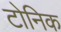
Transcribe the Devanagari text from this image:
टोनिक